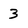
Character: 3